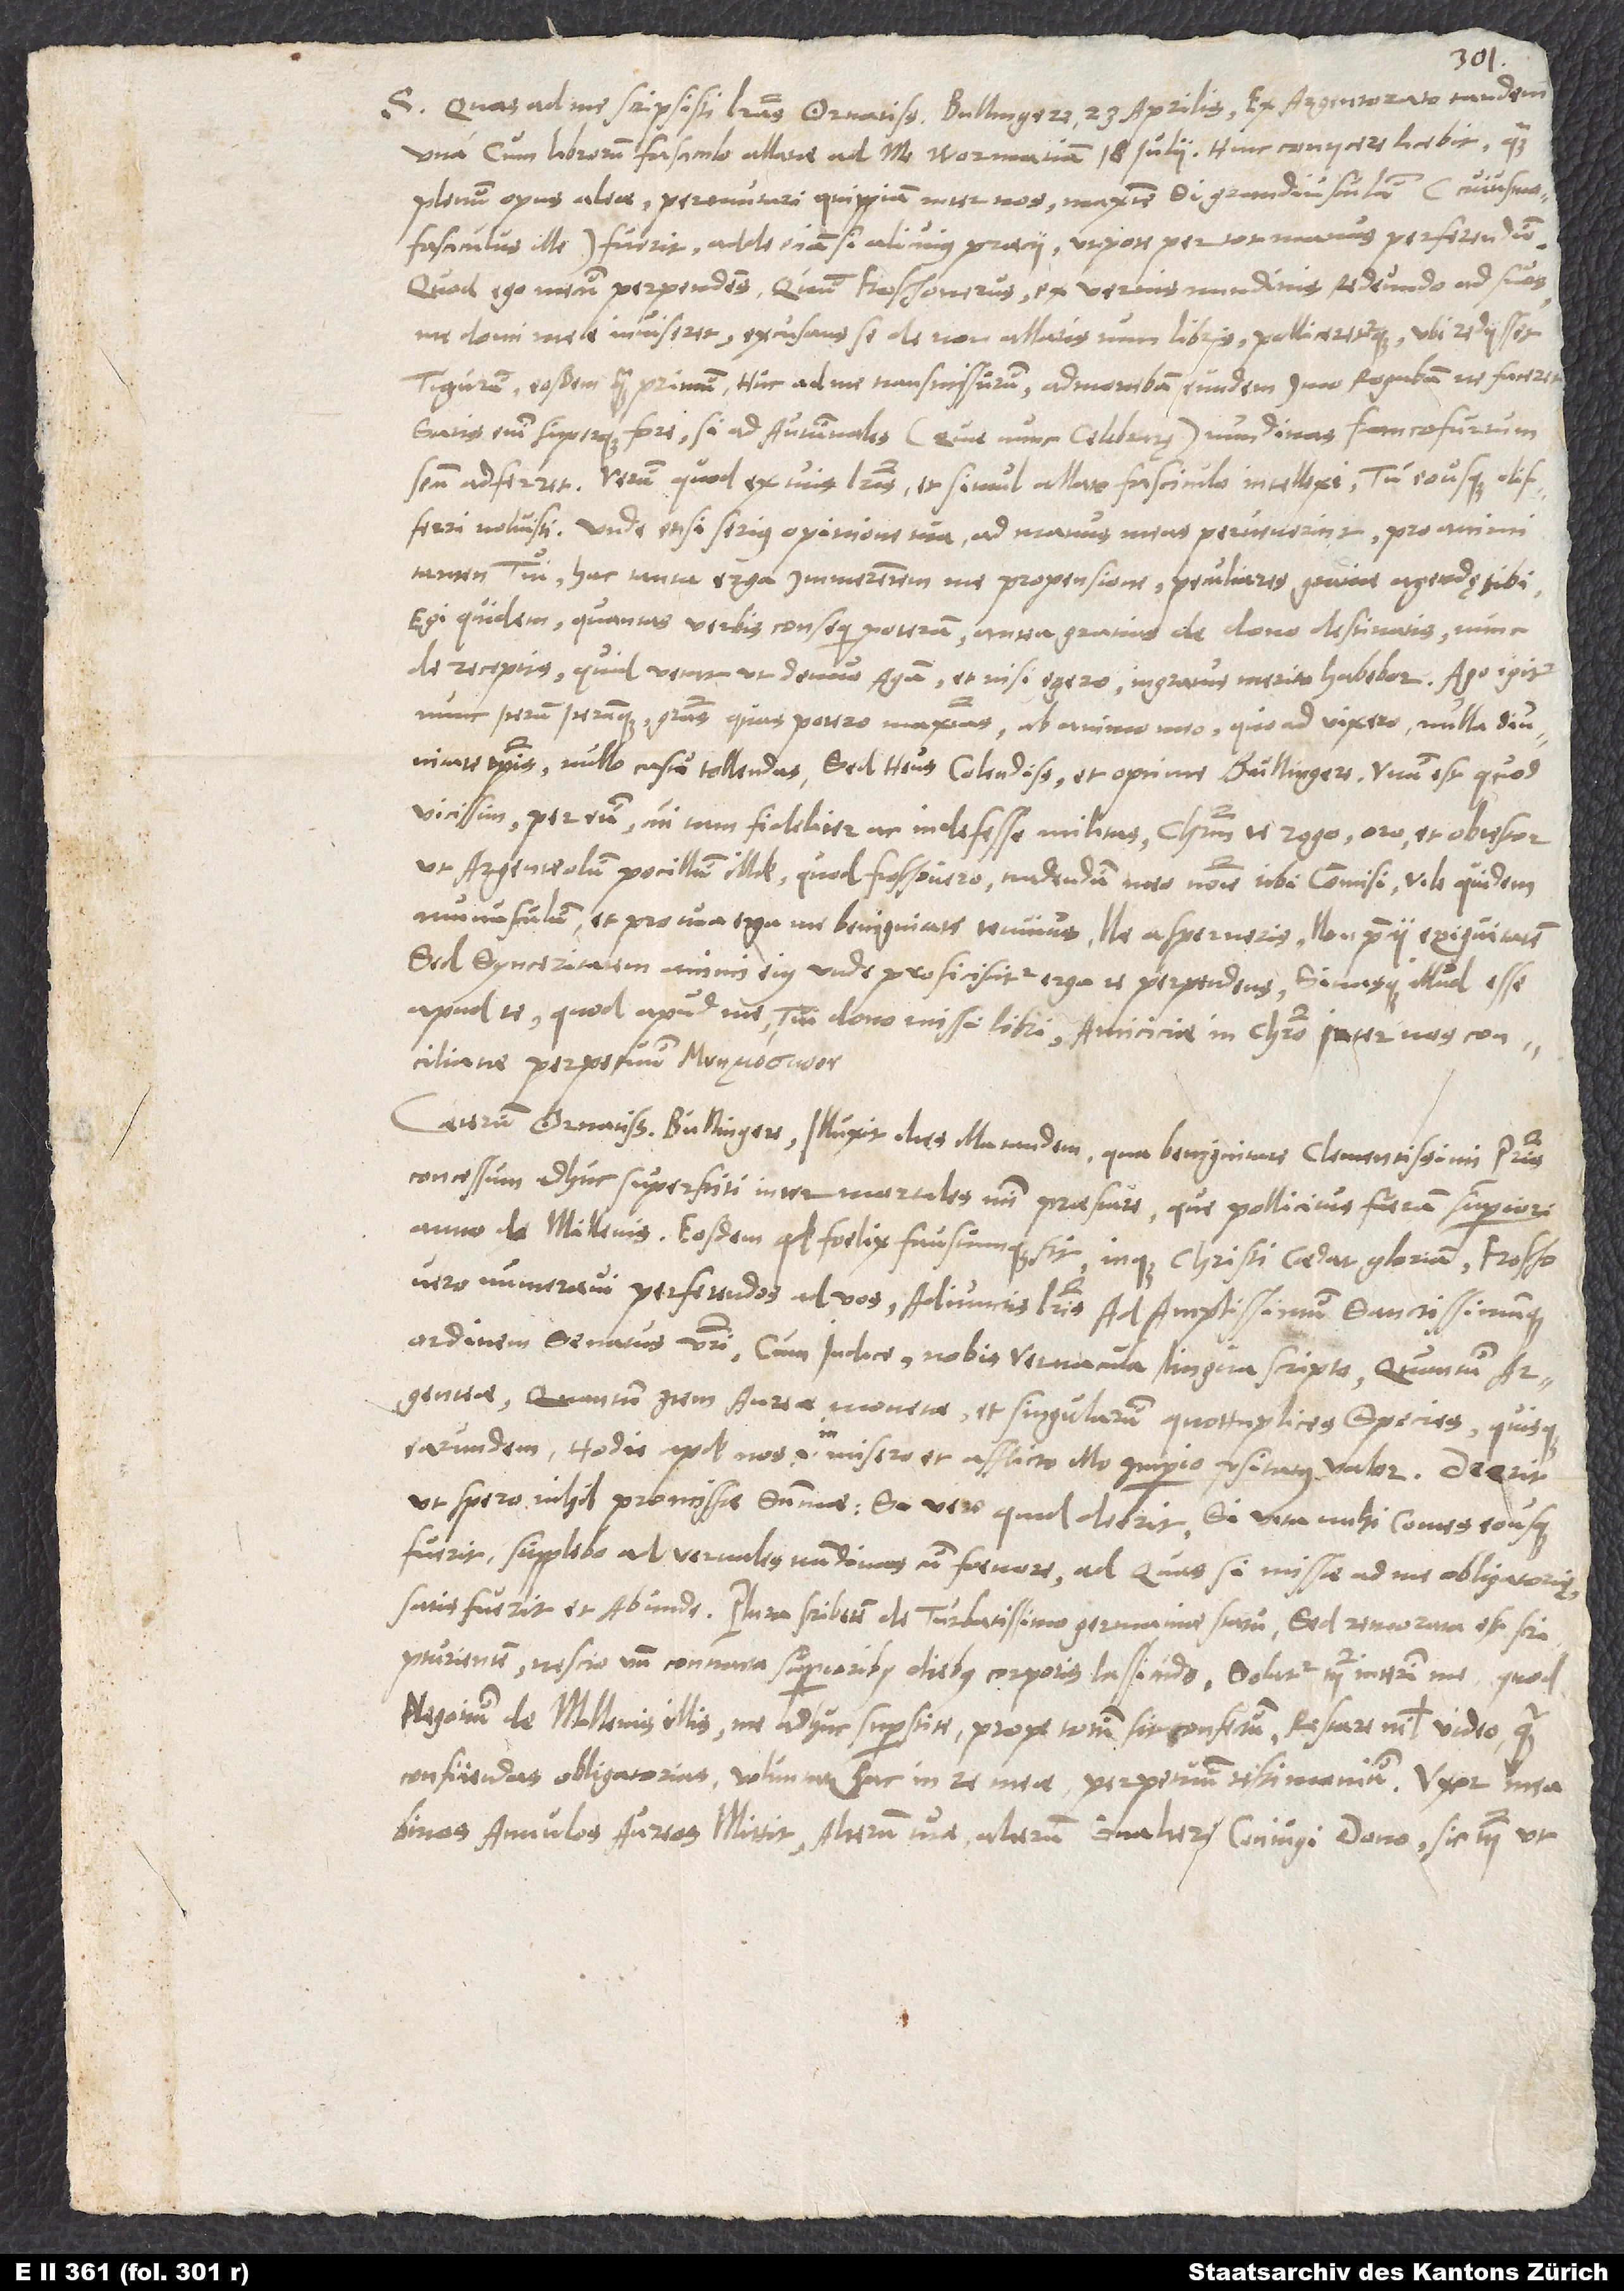
S. Quas ad me scripsisti literas, ornatissime Bullingere, 29. aprilis, ex Argentorato tandem
una cum librorum fasciculo allatae ad me Wormatiam 18. iulii. Hinc coniicere licebit, quam
plenum opus alea permutari quippiam inter nos, maxime si grandiusculum (cuiusmodi
fasciculus ille) fuerit; adde iam, si alicuius praecii, utpote per tot manus perferendum.
Quod ego mecum perpendens, quum Froschoverus ex vernis nundinis redeundo ad suos
me domi meae inviseret excusans se de non allatis tum libris pollicereturque, ubi rediisset
Tigurum, eosdem quam primum huc ad me transmissurum, admonebam eundem, imo rogabam, ut faceret;
satis enim superque fore, si ad autumnales, (quae nunc celebratę) nundinae Francofurtum
secum adferret. Verum quod ex tuis literis et simul allato fasciculo intellexi tu eousque differri
noluisti; unde, etsi serius opinione tua ad manus meas pervenerint, pro animi
tamen tui hac tanta erga immeritum me propensione peculiares gratiae agendę tibi.
Egi quidem, quantas verbis consequi poteram, antea gratias de dono destinatis, nunc
de receptis quid vetat ut denuo agam, et nisi egero, ingratus merito habebar. Ago igitur
nunc iterum iterumque gratias, quas potero maximas, ab animo meo, quoad vixero, nulla diunitate
temporis, null casu tollendas. Sed heus, colendissime et optime Bullingere, unum est, quod
vicissim per eum, cui tam feliciter ac indefesse militas, Christum te rogo, oro et obtestor,
ut argenteolum pocillum illud, quod Froschovero tradendum meo nomine tibi commisi, vile quidem
munusculum et pro tua erga me benignitate tenuius, ne asperneris, non precii exiguitatem,
sed synceritatem animi eius, unde proficiscitur, erga te perpendens sinasque illud esse
apud te, quod apud me tui dono missi libri, amiciciae in Christo inter nos conciliatae
Caeterum, ornatissime Bullingere, illuxit dies illa tandem, qua benignitate clementissimi patris
concessum adhuc superstiti inter mortales mihi praestare, quae pollicitus fueram superiori
millenis. Eosdem, quod foelix faustumque sit inque Christi cedat gloriam, Froschovero
numeravi perferendos ad vos adiunctis literis ad amplissimum sanctissimumque
ordinem senatus vestri cum indice nobis vernaculo lingua scripto, quantum
argenteae, quantum vero aureae monetae et singularum quottuplices species quisque
earundem hodie apud nos id est in misero et afflicto illo imperio usitatus valor. Deerit,
ut spero, nihil promissae summae; si vero quid deerit, si vita mihi comes eousque
fuerit, supplebo ad vernales nundinas cum foenore, ad quas si missae ad me obligatorię,
scripturientem nescio unde contracta superioribus diebus corporis lassitudo. Solatur tamen interim me, quod
negotium de millenis illis me adhuc superstite prope totum sit confectum; restare nihil video quam
binos annulos aureos mittit, alterum tuae, alterum Gvaltheri coniugi dono, sic tamen ut